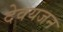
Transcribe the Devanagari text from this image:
देवयजन